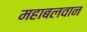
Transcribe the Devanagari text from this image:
महाबलवान